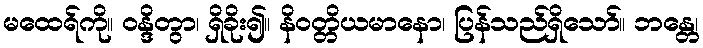
မထေရ်ကို။ ဝန္ဒိတွာ၊ ရှိခိုး၍။ နိဝတ္တိယမာနော၊ ပြန်သည်ရှိသော်။ ဘန္တေ၊